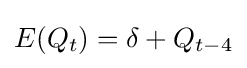
E(Q_{t})=\delta +Q_{t-4}